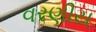
વરણીય